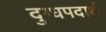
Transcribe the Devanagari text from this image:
दुग्धपदार्थ